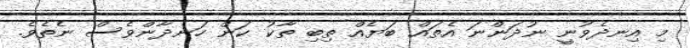
މި އިނދެވުނީ ނުދަންނަ އެތައް ބަޔެއް ތިބި ތާކު ކަން ހަނދާންވެސް ނެތެވެ.